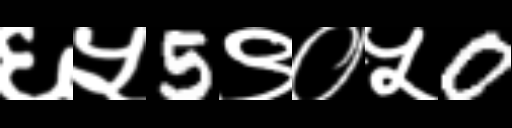
Text: ६५5९०५0